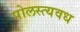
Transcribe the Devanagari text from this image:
पोलस्त्यवध